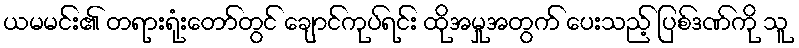
ယမမင်း၏ တရားရုံးတော်တွင် ချောင်ကုပ်ရင်း ထိုအမှုအတွက် ပေးသည့် ပြစ်ဒဏ်ကို သူ